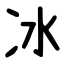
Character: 冰